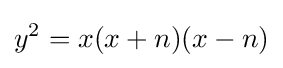
y^{2}=x(x+n)(x-n)